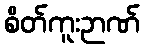
စိတ်ကူးဉာဏ်